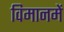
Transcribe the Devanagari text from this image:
विमानमें